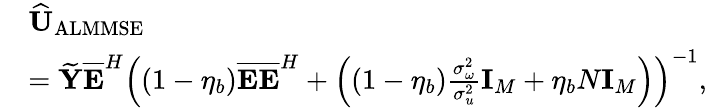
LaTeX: \begin{array}{rl}&{\widehat{{\mathbf U}}_{\mathrm{ALMMSE}}}\\ &{={\widetilde{\mathbf Y}}{{\mathbf{\overline{{E}}}}^{H}}{{\left(\left(1-{{\eta}_{b}}\right)\mathbf{\overline{{E}}}{{{\mathbf{\overline{{E}}}}}^{H}}+\left(\left(1-{{\eta}_{b}}\right)\frac{\sigma_{\omega}^{2}}{\sigma_{u}^{2}}{{\mathbf{I}}_{M}}+{{\eta}_{b}}N{{\mathbf{I}}_{M}}\right)\right)}^{-1}},}\end{array}